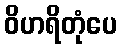
ဝိဟရိတုံပေ